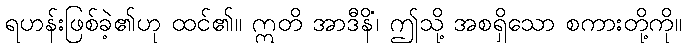
ရဟန်းဖြစ်ခဲ့၏ဟု ထင်၏။ ဣတိ အာဒီနိံ၊ ဤသို့ အစရှိသော စကားတို့ကို။